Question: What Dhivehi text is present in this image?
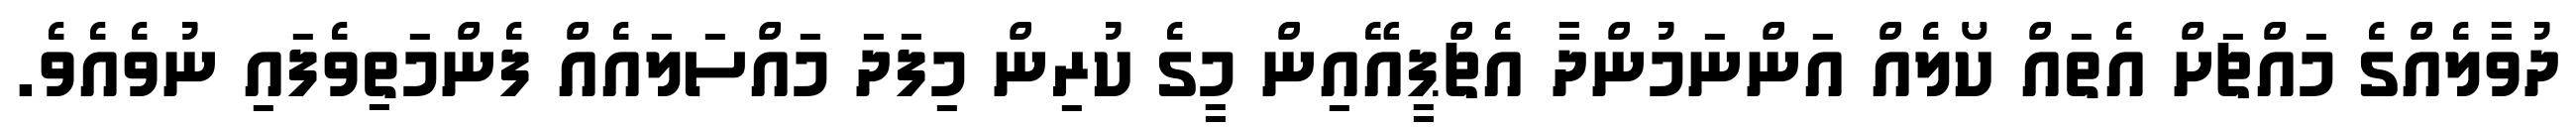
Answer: ދުވާލެއްގެ މައްޗަށް އެތައް ކޯލެއް އަންނަމުންދާ އެޗްޕީއޭއިން މީގެ ކުރިން މިފަދަ މައްސަލައެއް ފެންމަތިވެފައި ނުވެއެވެ.